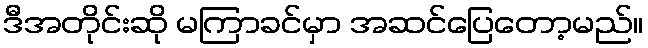
ဒီအတိုင်းဆို မကြာခင်မှာ အဆင်ပြေတော့မည်။